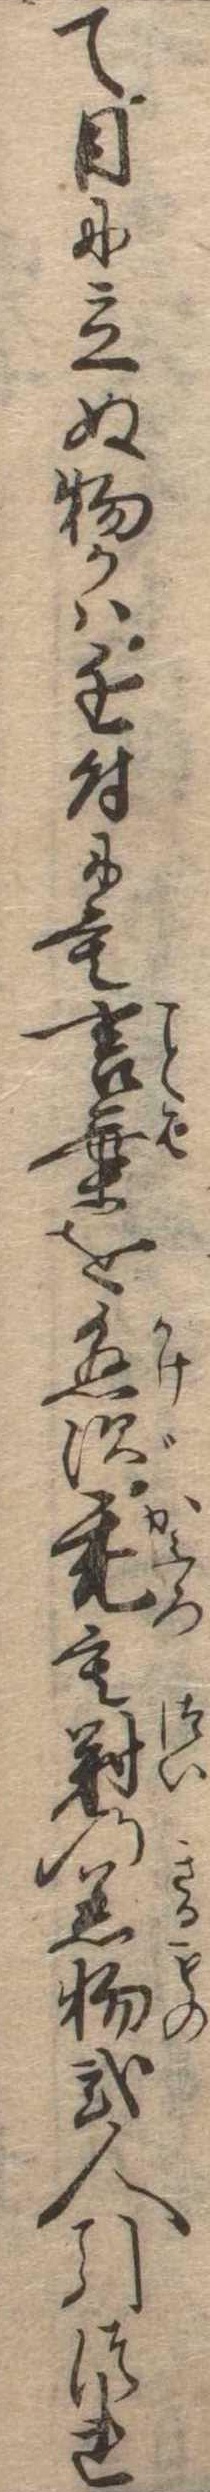
て目に立ぬ物かは近付にも言葉を懸ず禿も対の着物弐人引つれ